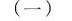
(一)